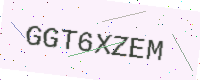
Text: GGT6XZEM